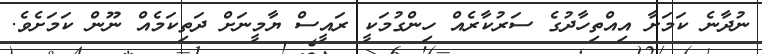
ނުދާނެ ކަމަށާ އިއްތިހާދުގެ ސަރުކާރެއް ހިންގުމަކީ ރައީސް ޔާމީނަށް ދަތިކަމެއް ނޫން ކަމަށެވެ.